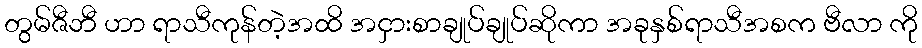
တွမ်ဇီဘီ ဟာ ရာသီကုန်တဲ့အထိ အငှားစာချုပ်ချုပ်ဆိုကာ အခုနှစ်ရာသီအစက ဗီလာ ကို